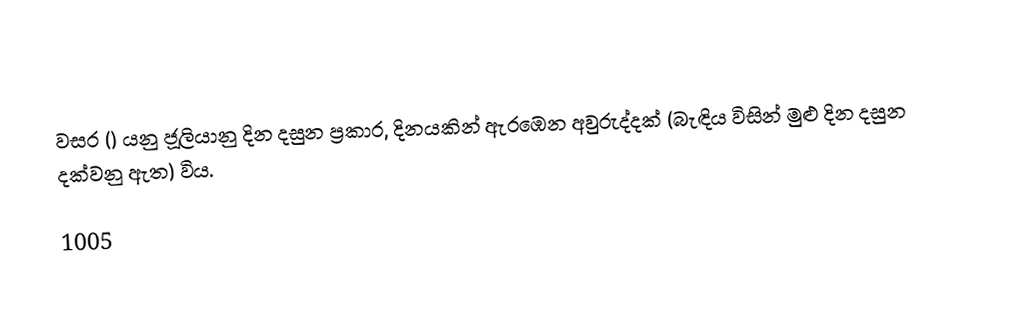

වසර   () යනු ජූලියානු දින දසුන ප්‍රකාර,    දිනයකින් ඇරඹෙන  අවුරුද්දක් (බැඳිය විසින් මුළු දින දසුන දක්වනු ඇත) විය.

1005